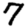
Digit: 7